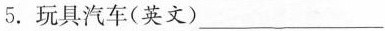
5. 玩具汽车(英文)___